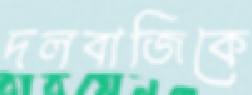
দলবাজিকে